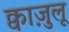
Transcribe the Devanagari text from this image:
क्वाज़ुलू